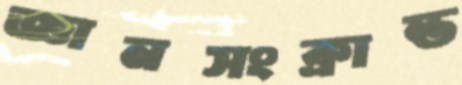
জ্ঞানসংক্রান্ত